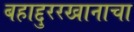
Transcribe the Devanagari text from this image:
बहाद्दुररखानाचा